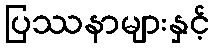
ပြဿနာများနှင့်